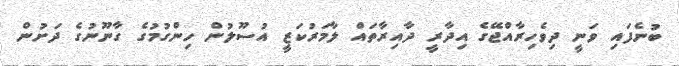
ބުނެފައި ވަނީ ދިވެހިރާއްޖޭގެ އިދާރީ ދާއިރާތައް ލާމަރުކަޒީ އުސޫލުން ހިންގުމުގެ ގާނޫނުގެ ދަށުން